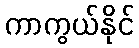
ကာကွယ်နိုင်